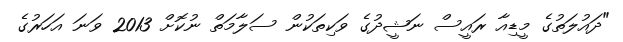
"ދައުލަތުގެ މީޑިއާ ރައީސް ނަޝީދުގެ ވަކިތަކުން ސަލާމަތް ނުކޮށް 2013 ވަނަ އަހަރުގެ